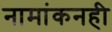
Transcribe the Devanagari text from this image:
नामांकनही